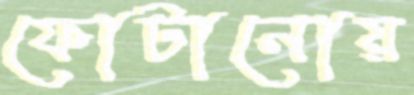
ফোটানোয়